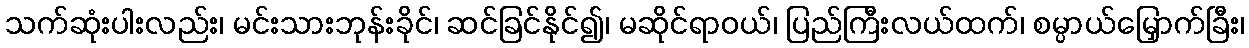
သက်ဆုံးပါးလည်း၊ မင်းသားဘုန်းခိုင်၊ ဆင်ခြင်နိုင်၍၊ မဆိုင်ရာဝယ်၊ ပြည်ကြီးလယ်ထက်၊ စမ္ပာယ်မြှောက်ခြီး၊